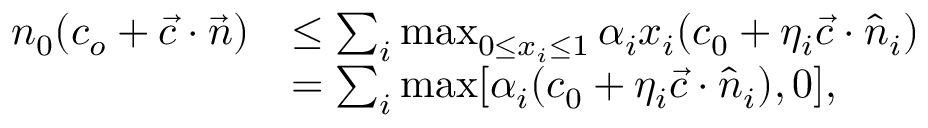
\begin{array} { r l } { n _ { 0 } ( c _ { o } + \vec { c } \cdot \vec { n } ) } & { \le \sum _ { i } \operatorname* { m a x } _ { 0 \le x _ { i } \le 1 } \alpha _ { i } x _ { i } ( c _ { 0 } + \eta _ { i } \vec { c } \cdot \hat { n } _ { i } ) } \\ & { = \sum _ { i } \operatorname* { m a x } [ \alpha _ { i } ( c _ { 0 } + \eta _ { i } \vec { c } \cdot \hat { n } _ { i } ) , 0 ] , } \end{array}